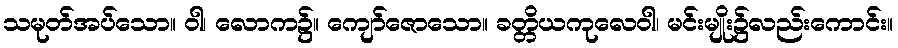
သမုတ်အပ်သော။ ဝါ၊ လောက၌။ ကျော်ဇောသော။ ခတ္တိယကုလေဝါ၊ မင်းမျိုး၌လည်းကောင်း။